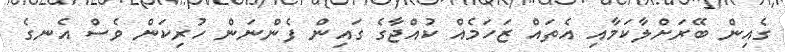
ގެއިން ބޭރަށްލާކަމާއި އެތައް ޒަހަމެއް ކުއްޖާގެ ގައިން ފެންނަން ހުރިކަން ވެސް އެނގެ